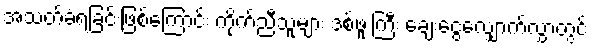
အသတ်ခံရခြင်းဖြစ်ကြောင်း ကိုက်ညီသူများ ဒစ်ဖူးကြီး ချေးငွေလျှောက်လွှာတွင်